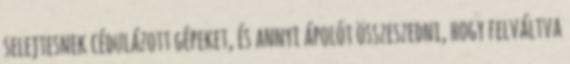
selejtesnek cédulázott gépeket, és annyi ápolót összeszedni, hogy felváltva